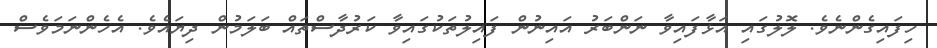
ހިފައިގެންނެވެ. ލޮލުގައި އަޅާފައިވާ ނަންބަރު އައިނުން ފައިލުތަކުގައިވާ ކަރުދާސްތައް ބަލަމުން ދިޔައެވެ. އެހެންނަމަވެސް